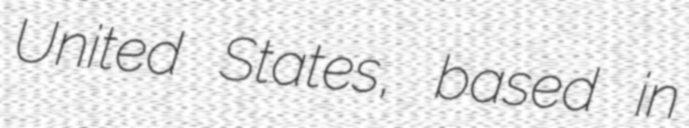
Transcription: United States, based in